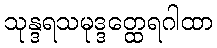
သုန္ဒရသမုဒ္ဒတ္ထေရဂါထာ